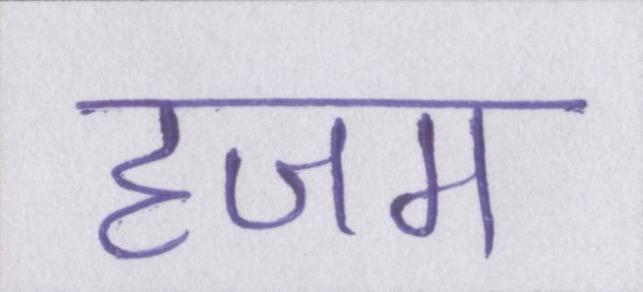
हजम